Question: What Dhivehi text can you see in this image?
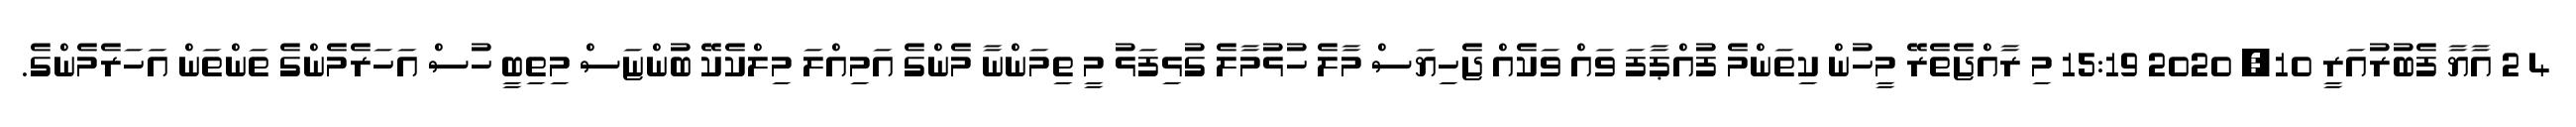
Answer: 4 2 އާޔާ ފެބުރުއަރީ 10, 2020 15:19 މި ރާއްޖެތެރޭ މީހުން ކިތަންމެ ފުއްޕާފަ ވައް ވަކެއް ޖެހިޔަސް މާލެ ހުޅުމާލެ ގުޅިފަޅު މީ ތިމަންނާ މެންގެ އަމިއްލަ މިލްކެކޭ ބުންޏަސް މިތިބީ ހުސް އަހަރެމެންގެ ތަންތަން އަހަރެމެންގެ.